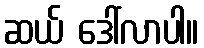
ဆယ် ဒေါ်လာပါ။